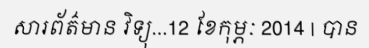
សារព័ត៌មាន វិទ្យុ...12 ខែកុម្ភៈ 2014 | បាន